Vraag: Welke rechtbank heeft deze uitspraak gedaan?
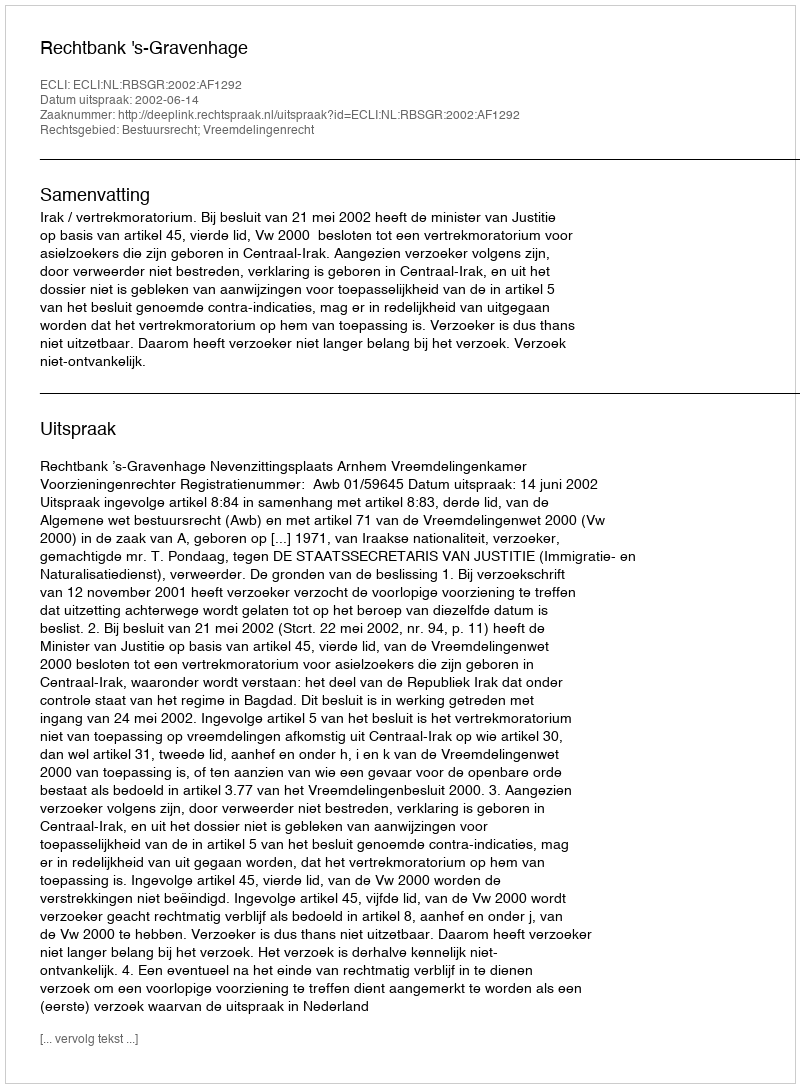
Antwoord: Rechtbank 's-Gravenhage